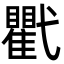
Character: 𢎖